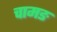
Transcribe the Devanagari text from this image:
चामङ